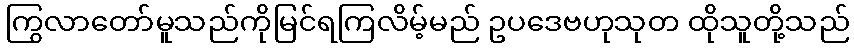
ကြွလာတော်မူသည်ကိုမြင်ရကြလိမ့်မည် ဥပဒေဗဟုသုတ ထိုသူတို့သည်